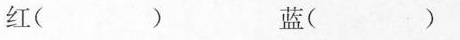
红( ) 蓝( )